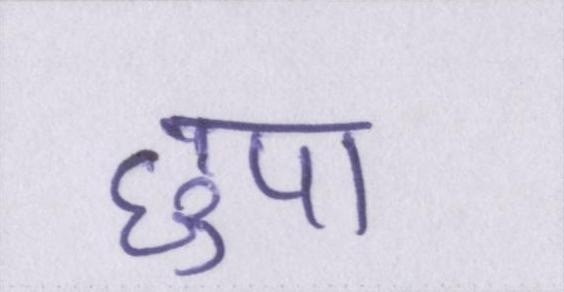
छुपा